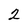
Character: 2